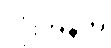
လုံးအနက်